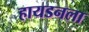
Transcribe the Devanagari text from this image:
हायडनला